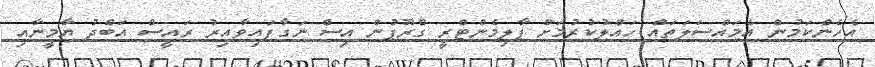
އެހެންކަމުން އެމައްސަލަތައް ހައްލުކުރުމަށް ޕާލިމެންޓްރީ ގްރޫޕުން އިސް ނަގާފައިވާއިރު ރައީސް އަބްދު ޔާމީނާއި